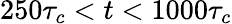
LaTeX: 250\tau_{c}<t<1000\tau_{c}